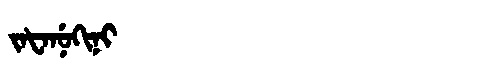
Manchu: ᠵᠠᡶᠠᠨᡠᡴᡳᠨᡳ
Romanization: JAFANUKINI